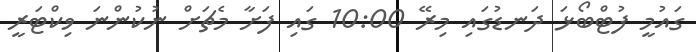
ގައުމީ ފުޓްބޯޅަ ދަނޑުގައި މިރޭ 10:00 ގައި ފަށާ މެޗަށް ނުކުންނަ ވިކްޓަރީ